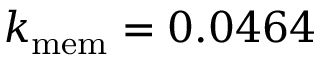
k _ { \mathrm { m e m } } = 0 . 0 4 6 4